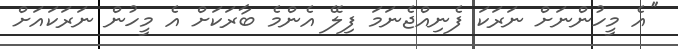
''އެ މީހުންނަށް ނަރަކަ ފެނިއްޖެނަމަ ފިލޭ އެންމެ ބާރަކަށް އެ މީހުން ނަރަކައަށް